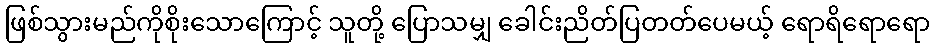
ဖြစ်သွားမည်ကိုစိုးသောကြောင့် သူတို့ ပြောသမျှ ခေါင်းညိတ်ပြတတ်ပေမယ့် ရောရိရောရော